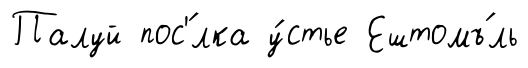
Палуй пос'́лка у́стье Ештомъ́ль